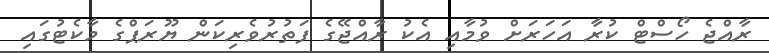
ރާއްޖެ ހޯސްޓް ކުރާ އަހަރަށް ވުމާއި އެކު ރާއްޖޭގެ ފަތުރުވެރިކަން ޔޫރަޕްގެ މާކެޓުގައި